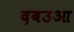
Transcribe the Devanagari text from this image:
दबउआ